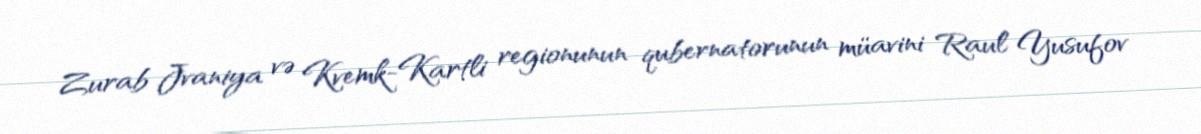
Zurab Jvaniya və Kvemk-Kartli regionunun qubernatorunun müavini Raul Yusufov